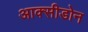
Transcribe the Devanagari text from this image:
आक्सीडोन